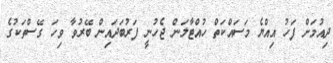
ދިއުމަށް ފަހު އިއްޔެ މަސައްކަތް ހުއްޓާލަން ޖެހުނީ ފަރުބަދައިން ބޭރުވާ ވިހަ ގޭސްތަކުގެ